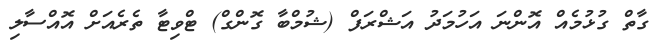
ގާތް ގުޅުމެއް އޮންނަ އަހުމަދު އަޝްރަފް (ޝުމްބާ ގޮންގް) ޓްވިޓާ ތެރެއަށް އޮއްސާލި